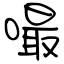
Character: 嘬